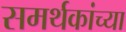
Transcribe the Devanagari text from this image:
समर्थकांच्या